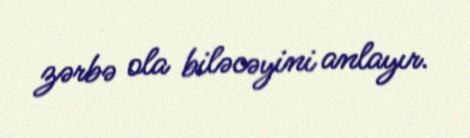
zərbə ola biləcəyini anlayır.